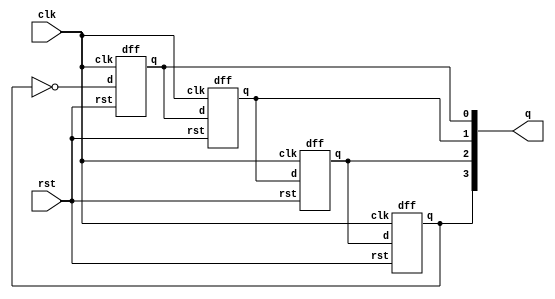
module jc(clk,rst,q);
  input clk,rst;
  output [3:0]q;

  // initiate 4 D-FF
  dff df1(q[0],~q[3],clk,rst);
  dff df2(q[1],q[0],clk,rst);
  dff df3(q[2],q[1],clk,rst);
  dff df4(q[3],q[2],clk,rst);
endmodule

module dff(q,d,clk,rst);
  input d,clk,rst;
  output q;
  
  reg q; // need memory, as sequential needs memory

  always @(posedge clk)
   begin
    if(rst) q=1'b0;
    else q=d;
   end
endmodule